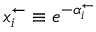
x _ { i } ^ { \leftarrow } \equiv e ^ { - \alpha _ { i } ^ { \leftarrow } }